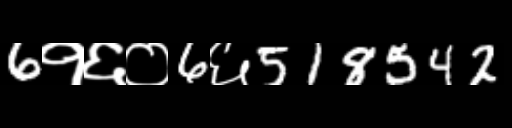
Text: 6१६०6६518542